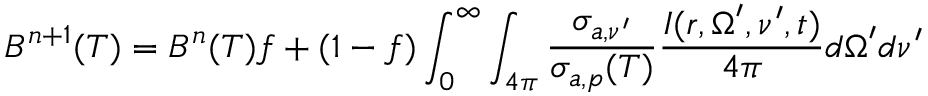
B ^ { n + 1 } ( T ) = B ^ { n } ( T ) f + ( 1 - f ) \int _ { 0 } ^ { \infty } \int _ { 4 \pi } \frac { \sigma _ { a , \nu ^ { \prime } } } { \sigma _ { a , p } ( T ) } \frac { I ( \boldsymbol { r } , \boldsymbol { \Omega } ^ { \prime } , \nu ^ { \prime } , t ) } { 4 \pi } \boldsymbol { d \Omega } ^ { \prime } d \nu ^ { \prime }